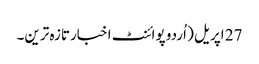
27 اپریل ( اُردو پوائنٹ اخبارتازہ ترین۔